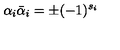
\alpha _ { i } { \bar { \alpha } } _ { i } = \pm ( - 1 ) ^ { s _ { i } }